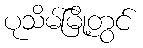
ပုသိမ်မြို့တွင်